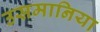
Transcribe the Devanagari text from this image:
उसमानिया